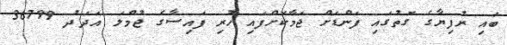
ބައި ރުފިޔާގެ ގޮތުގައި ފަންޑަށް ޖަމާކޮށްފައި ހުރި ފައިސާގެ ޖުމްލަ އަދަދު 36799